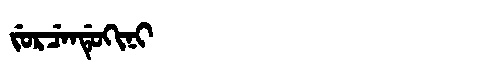
Manchu: ᠵᡠᡵᠴᡝᠨᡩᡠᡴᡳᠨᡳ
Romanization: JURCENDUKINI